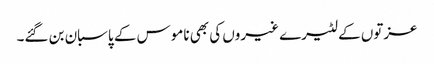
عزتوں کے لٹیرے غیروں کی بھی ناموس کے پاسبان بن گئے۔